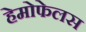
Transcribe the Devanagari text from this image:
हेमोफेलस